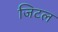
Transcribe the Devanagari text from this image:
जिटल